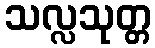
သလ္လသုတ္တ